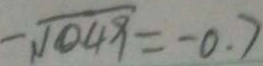
- \sqrt { 0 . 4 9 } = - 0 . 7